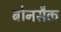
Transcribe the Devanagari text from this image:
बोनसैक